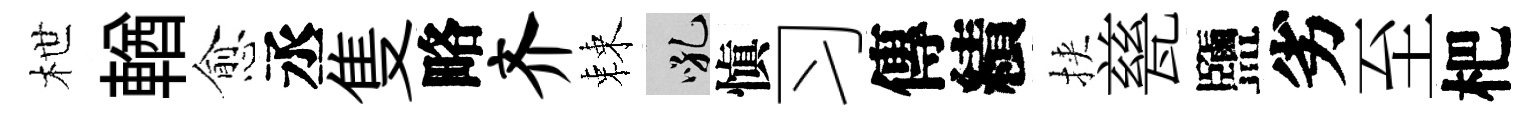
枻輶愈丞隻略齐棘吼愼习傳績挾甆鹽劣至杷